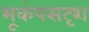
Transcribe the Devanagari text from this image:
भूकंपसदृश